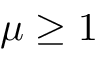
\mu \geq 1